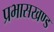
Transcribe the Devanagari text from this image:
प्रभासखण्ड